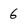
Character: 6